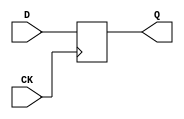
module PR3 (CK,
            D,
            Q);
    input [2:0] D;
    output [2:0] Q;
    input CK;
    reg [2:0] q;
    
    always @(posedge CK)
        q <= D;
    
    assign Q = q;
endmodule

module PR2 (CK,
            D,
            Q);
    input [1:0] D;
    output [1:0] Q;
    input CK;
    reg [1:0] q;
    
    always @(posedge CK)
        q <= D;
    
    assign Q = q;
endmodule

module PR9 (CK,
            D,
            Q);
    input [8:0] D;
    output [8:0] Q;
    input CK;
    reg [8:0] q;
    
    always @(posedge CK)
        q <= D;
    
    assign Q = q;
endmodule